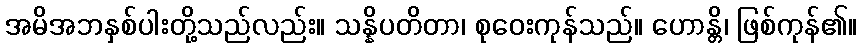
အမိအဘနှစ်ပါးတို့သည်လည်း။ သန္နိပတိတာ၊ စုဝေးကုန်သည်။ ဟောန္တိ၊ ဖြစ်ကုန်၏။